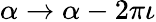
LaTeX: \alpha\rightarrow\alpha-2\pi\iota